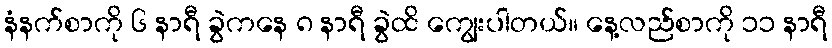
နံနက်စာကို ၆ နာရီ ခွဲကနေ ၈ နာရီ ခွဲထိ ကျွေးပါတယ်။ နေ့လည်စာကို ၁၁ နာရီ